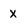
Character: X